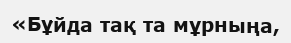
«Бұйда тақ та мұрныңа,